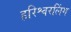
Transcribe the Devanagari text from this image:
हरिश्वरलिंग